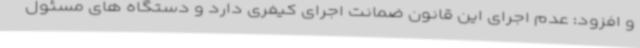
و افزود: عدم اجرای این قانون ضمانت اجرای کیفری دارد و دستگاه های مسئول